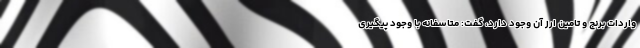
واردات برنج و تامین ارز آن وجود دارد، گفت: متاسفانه با وجود پیگیری